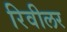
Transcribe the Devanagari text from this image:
रिवीलर